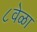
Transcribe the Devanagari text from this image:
८वेळा